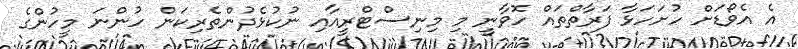
އެ އެވޯޑަށް ހުށަހަޅާ ފަރާތްތައް ހޮވާނީ މި މިނިސްޓްރީއާއި ނުކުޅެދުންތެރިކަން ހުންނަ މީހުންގެ